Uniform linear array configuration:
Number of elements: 8
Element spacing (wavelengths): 0.25
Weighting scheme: kaiser
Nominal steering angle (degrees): -30
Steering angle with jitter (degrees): -29.783
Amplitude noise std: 0.05
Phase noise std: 0.05

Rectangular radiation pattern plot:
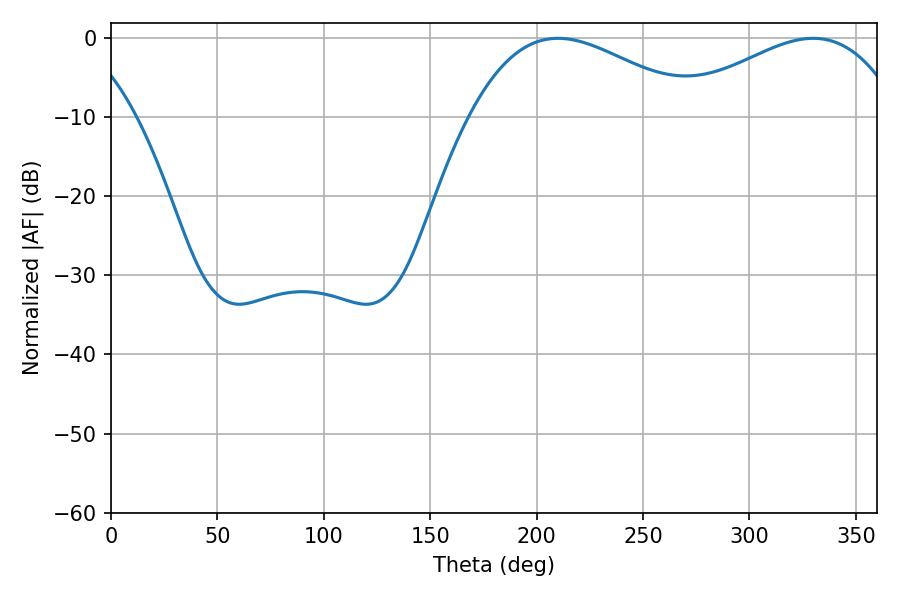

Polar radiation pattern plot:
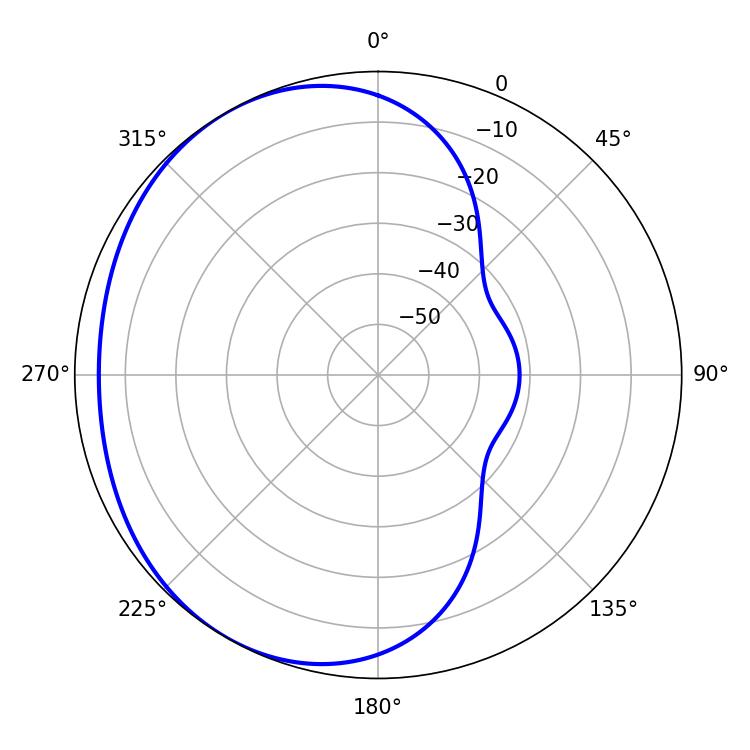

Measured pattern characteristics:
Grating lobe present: FALSE
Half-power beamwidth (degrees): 58.5
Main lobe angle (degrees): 210.06